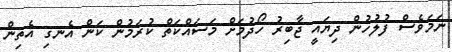
ނަމަވެސް ފުލުހުން ދިޔައީ ޖާބިރު ހޯދުމަށް މަސައްކަތް ކުރަމުން ކަން އެނގި އެތިން